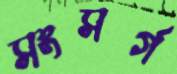
সংসর্গ